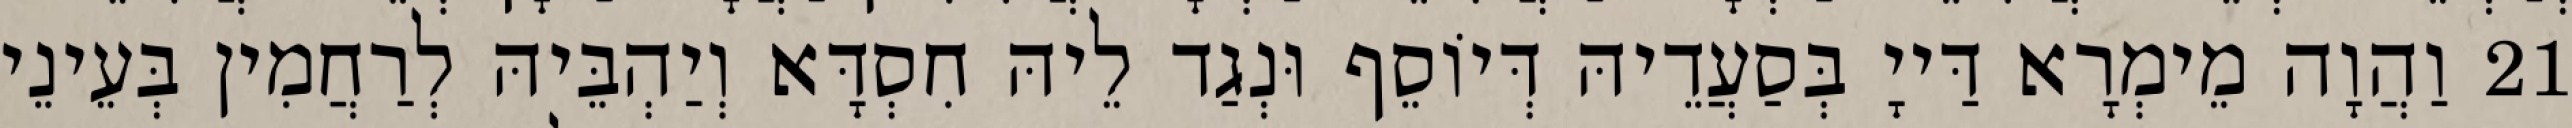
21 וַהֲוָה מֵימְרָא דַּייָ בְּסַעֲדֵיהּ דְּיוֹסֵף וּנְגַד לֵיהּ חִסְדָּא וְיַהְבֵּיהּ לְרַחֲמִין בְּעֵינֵי